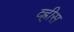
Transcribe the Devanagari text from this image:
व्ह्रीस